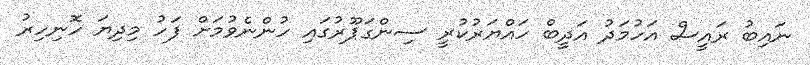
ނައިބު ރައީސް އަހުމަދު އަދީބް ހައްޔަރުކުރީ ސިންގަޕޫރުގައި ހުންނެވުމަށް ފަހު މިދިޔަ ހޮނިހިރު